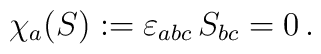
\chi_a(S):= \varepsilon_{abc}\, S_{bc} = 0\,.